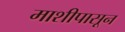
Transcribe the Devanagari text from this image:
माशीपासून